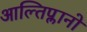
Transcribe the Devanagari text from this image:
आल्तिप्लानो